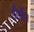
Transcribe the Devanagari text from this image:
टीवी।